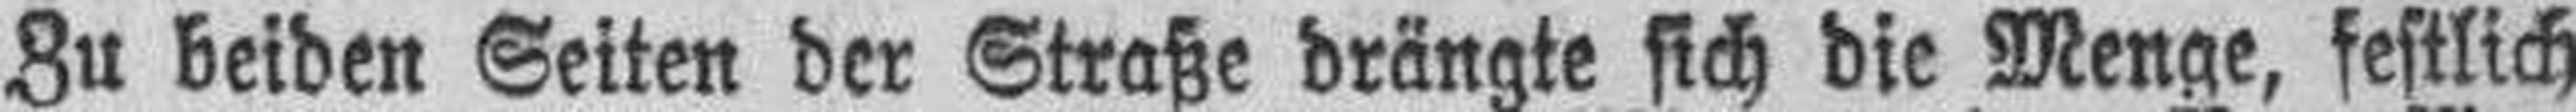
Zu beiden Seiten der Straße drängte sich die Menge, festlich